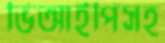
ভিআইপিসহ